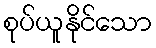
စုပ်ယူနိုင်သော